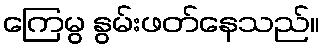
ကြေမွ နွမ်းဖတ်နေသည်။